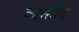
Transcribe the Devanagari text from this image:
व्यक्तीन